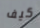
كيف